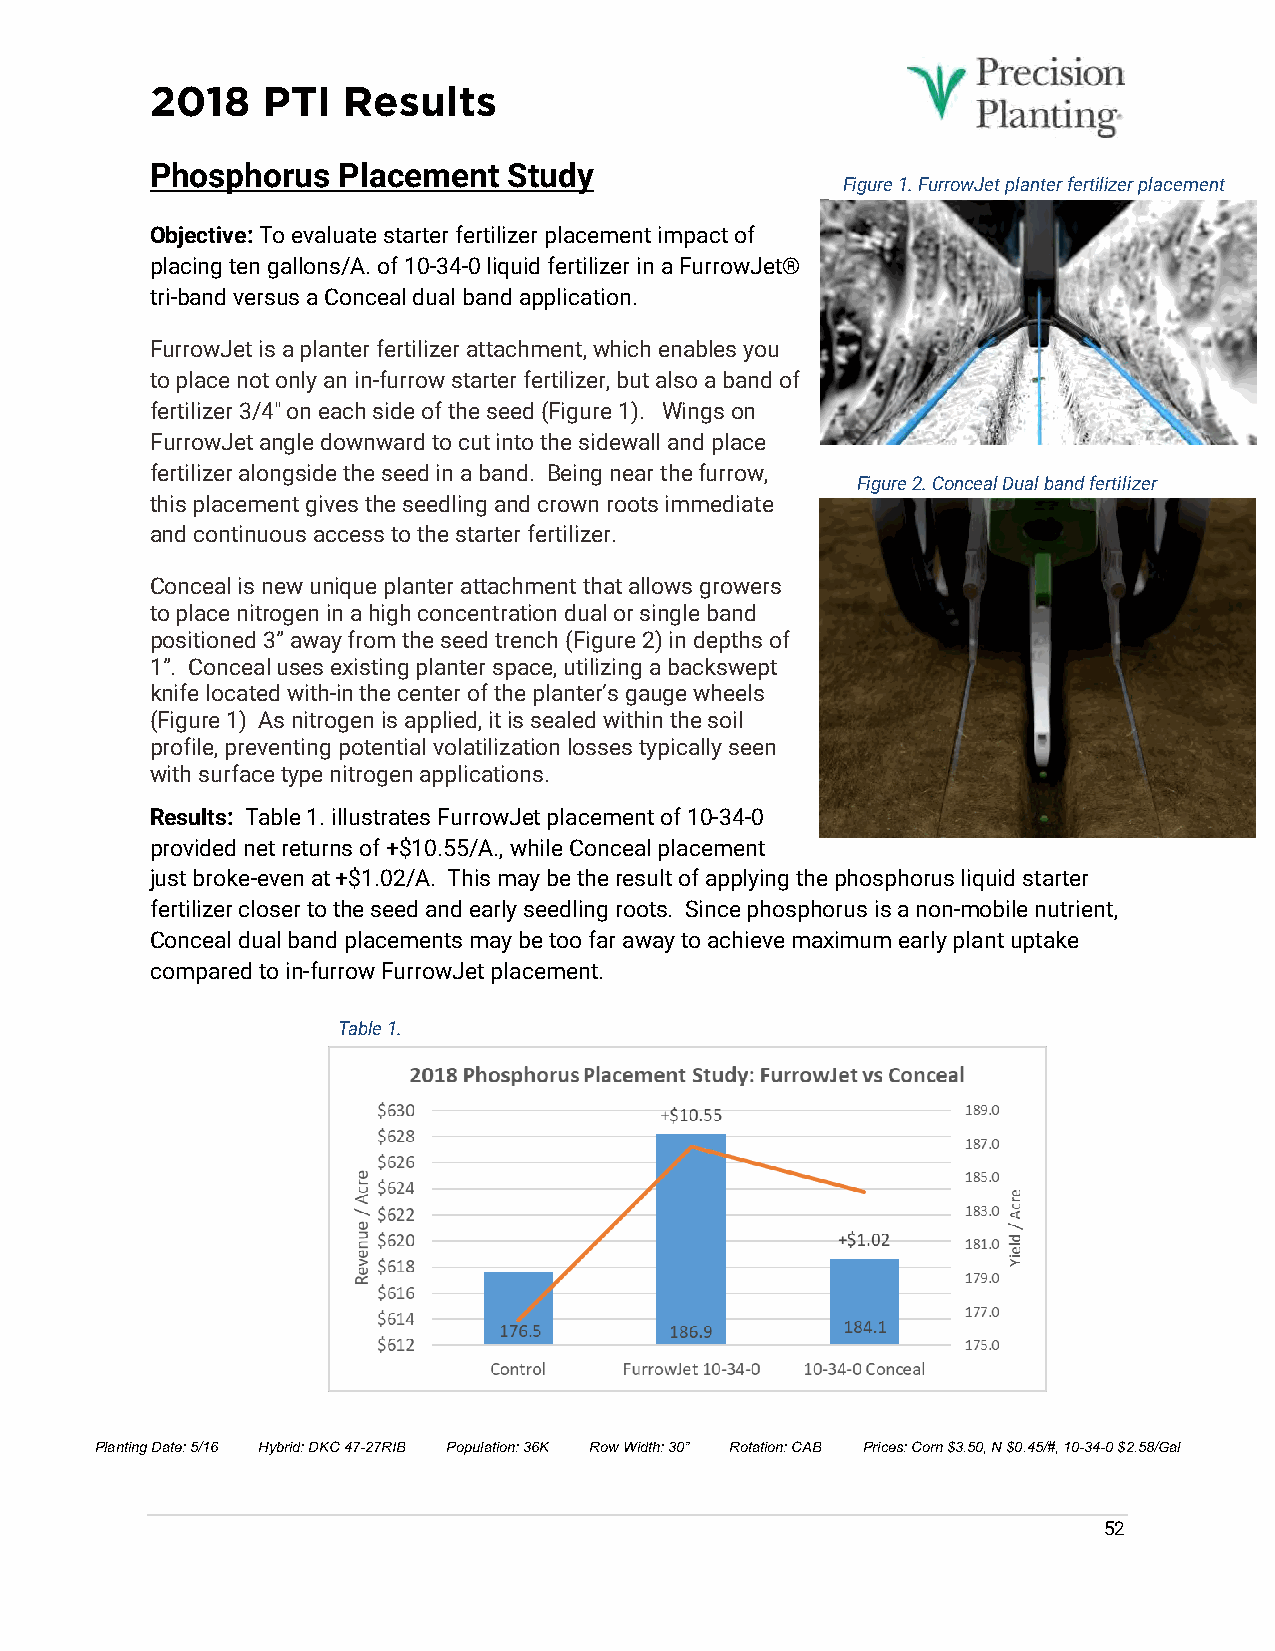
2018   PTI   Results
 Phosphorus  Placement   Study
 Figure 1. FurrowJet planter fertilizer placement
 Objective: To evaluate starter fertilizer placement impact of
 placing ten gallons/A. of 10-34-0 liquid fertilizer in a FurrowJet®
 tri-band versus a Conceal dual band application.
 FurrowJet is a planter fertilizer attachment, which enables you
 to place not only an in-furrow starter fertilizer, but also a band of
 fertilizer 3/4" on each side of the seed (Figure 1). Wings on
 FurrowJet angle downward to cut into the sidewall and place
 fertilizer alongside the seed in a band. Being near the furrow,
 Figure 2. Conceal Dual band fertilizer
 this placement gives the seedling and crown roots immediate placement
 and continuous access to the starter fertilizer.
 Conceal is new unique planter attachment that allows growers
 to place nitrogen in a high concentration dual or single band
 positioned 3” away from the seed trench (Figure 2) in depths of
 1”. Conceal uses existing planter space, utilizing a backswept
 knife located with-in the center of the planter’s gauge wheels
 (Figure 1) As nitrogen is applied, it is sealed within the soil
 profile, preventing potential volatilization losses typically seen
 with surface type nitrogen applications.
 Results: Table 1. illustrates FurrowJet placement of 10-34-0
 provided net returns of +$10.55/A., while Conceal placement
 just broke-even at +$1.02/A. This may be the result of applying the phosphorus liquid starter
 fertilizer closer to the seed and early seedling roots. Since phosphorus is a non-mobile nutrient,
 Conceal dual band placements may be too far away to achieve maximum early plant uptake
 compared to in-furrow FurrowJet placement.
 Table 1.
 Planting Date: 5/16 Hybrid: DKC 47-27RIB Population: 36K Row Width: 30” Rotation: CAB Prices: Corn $3.50, N $0.45/#, 10-34-0 $2.58/Gal
 52